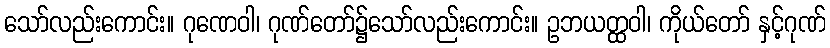
သော်လည်းကောင်း။ ဂုဏေဝါ၊ ဂုဏ်တော်၌သော်လည်းကောင်း။ ဥဘယတ္ထဝါ၊ ကိုယ်တော် နှင့်ဂုဏ်